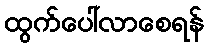
ထွက်ပေါ်လာစေရန်